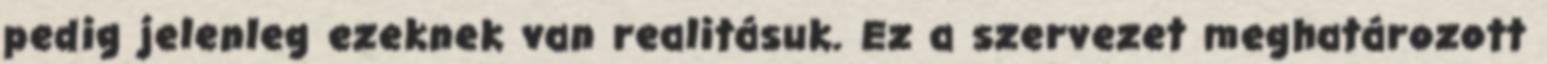
pedig jelenleg ezeknek van realitásuk. Ez a szervezet meghatározott